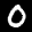
Label: 0